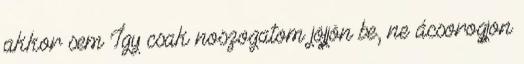
akkor sem Így csak noszogatom jöjjön be, ne ácsorogjon